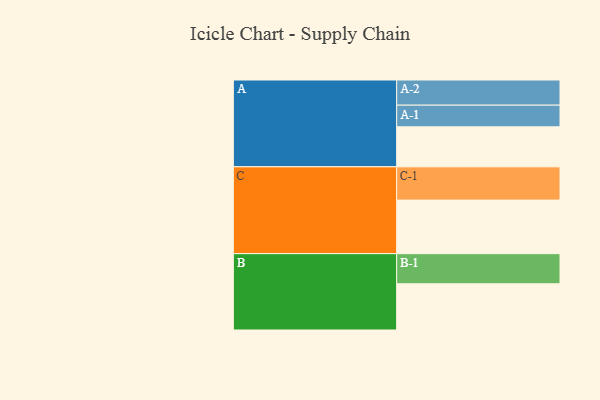
{"axis": {"x": "Segment", "y": "Value"}, "legend": ["", "A", "B", "C"], "data": [{"x": "A", "y": 355, "type": ""}, {"x": "B", "y": 410, "type": ""}, {"x": "C", "y": 475, "type": ""}, {"x": "A-1", "y": 192, "type": "A"}, {"x": "A-2", "y": 223, "type": "A"}, {"x": "B-1", "y": 267, "type": "B"}, {"x": "C-1", "y": 295, "type": "C"}]}